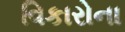
વિકારોના